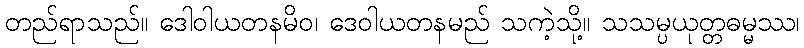
တည်ရာသည်။ ဒေါဝါယတနမိဝ၊ ဒေဝါယတနမည် သကဲ့သို့။ သသမ္ပယုတ္တဓမ္မဿ၊